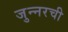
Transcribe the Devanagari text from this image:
जुन्‍नरची